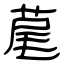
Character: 荱